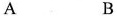
A B